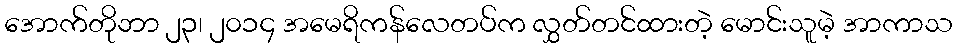
အောက်တိုဘာ ၂၃၊ ၂၀၁၄ အမေရိကန်လေတပ်က လွှတ်တင်ထားတဲ့ မောင်းသူမဲ့ အာကာသ